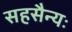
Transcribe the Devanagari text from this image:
सहसैन्यः